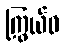
ကြွယ်ဝ